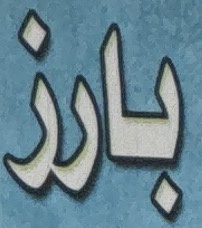
بارز